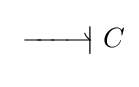
\;{\overset {\textstyle }{\underset {\textstyle }{-\!\!\!-\!\!\!-\!\!\!\rightharpoonup \!\!\!|}}}\ C